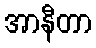
အာနီတာ